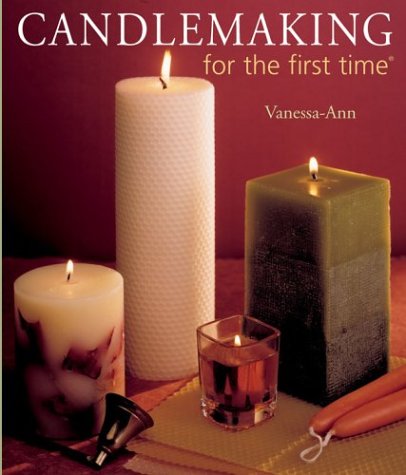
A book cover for Candlemaking for the first timeÂ®; Vanessa-Ann; Crafts, Hobbies & Home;